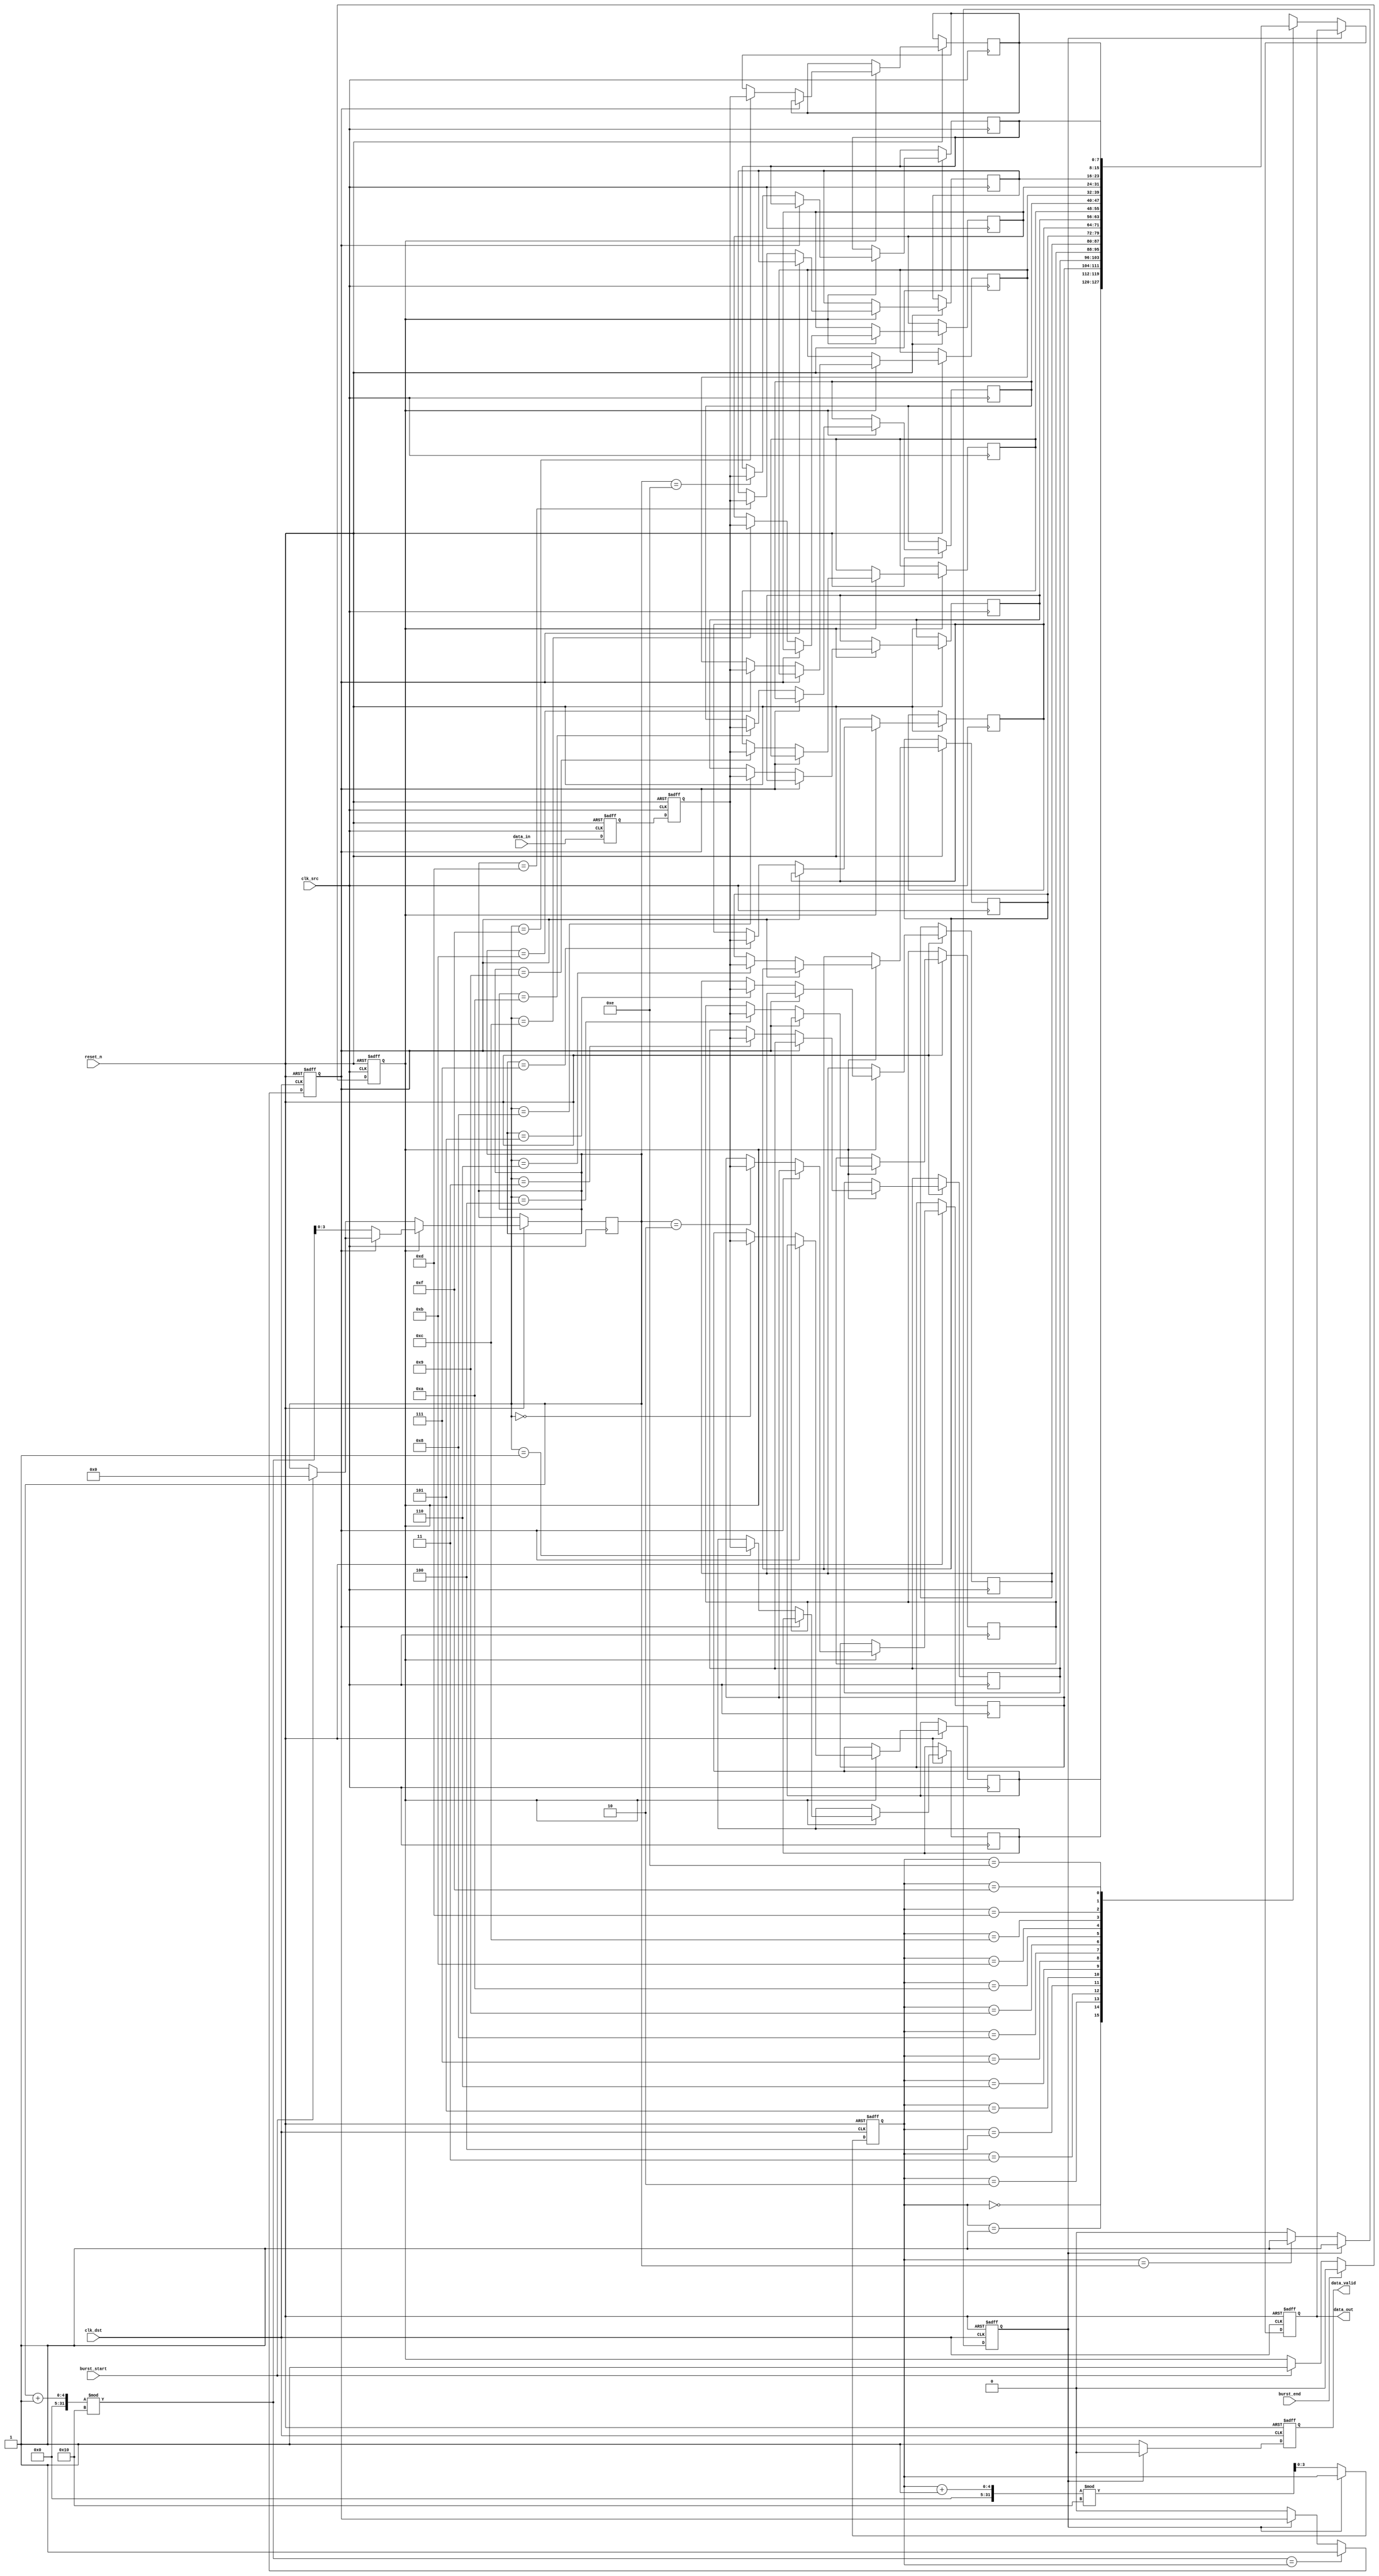
module burst_mode_synchronizer #(
    parameter DATA_WIDTH = 8,
    parameter FIFO_DEPTH = 16
)(
    input wire clk_src,                // Source clock
    input wire clk_dst,                // Destination clock
    input wire reset_n,                // Active low reset
    input wire [DATA_WIDTH-1:0] data_in,  // Data input from source clock domain
    input wire burst_start,             // Signal to indicate the start of a burst
    input wire burst_end,               // Signal to indicate the end of a burst
    output reg [DATA_WIDTH-1:0] data_out, // Synchronized data output
    output reg data_valid               // Signal to indicate valid output data
);

    // Dual flip-flop synchronizer for each data line
    reg [DATA_WIDTH-1:0] sync_data_1;
    reg [DATA_WIDTH-1:0] sync_data_2;

    // FIFO buffer
    reg [DATA_WIDTH-1:0] fifo [0:FIFO_DEPTH-1];
    reg [3:0] write_ptr, read_ptr;
    reg fifo_full, fifo_empty;

    // Control signals for burst operation
    reg burst_active;
    reg fifo_write_en;

    // Asynchronous reset logic
    always @(posedge clk_src or negedge reset_n) begin
        if (!reset_n) begin
            sync_data_1 <= 0;
            sync_data_2 <= 0;
            burst_active <= 0;
            fifo_write_en <= 0;
        end else begin
            // Synchronize the incoming data
            sync_data_1 <= data_in;
            sync_data_2 <= sync_data_1;

            // Handle burst start signal
            if (burst_start) begin
                burst_active <= 1;
                write_ptr <= 0; // Reset write pointer at burst start
            end

            // Handle burst end signal
            if (burst_end) begin
                burst_active <= 0;
            end

            // Write data to FIFO if burst is active
            if (burst_active) begin
                if (!fifo_full) begin
                    fifo[write_ptr] <= sync_data_2;
                    write_ptr <= (write_ptr + 1) % FIFO_DEPTH;
                end
            end
        end
    end

    // Destination clock domain logic
    always @(posedge clk_dst or negedge reset_n) begin
        if (!reset_n) begin
            data_out <= 0;
            data_valid <= 0;
            read_ptr <= 0;
            fifo_full <= 0;
            fifo_empty <= 1;
        end else begin
            // Read data from FIFO
            if (!fifo_empty) begin
                data_out <= fifo[read_ptr];
                data_valid <= 1;
                read_ptr <= (read_ptr + 1) % FIFO_DEPTH;

                // Update FIFO empty/full flags
                if (read_ptr == write_ptr) begin
                    fifo_empty <= 1;
                end
                fifo_full <= 0;
            end else begin
                data_valid <= 0;
            end

            // Check if FIFO is full
            if ((write_ptr + 1) % FIFO_DEPTH == read_ptr) begin
                fifo_full <= 1;
            end
        end
    end

endmodule